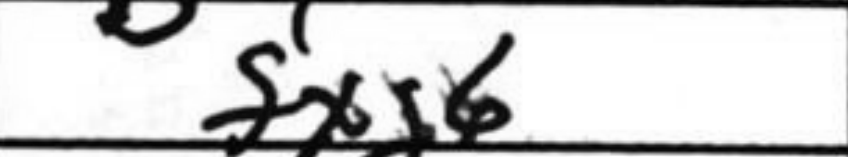
Transcription: fxg6